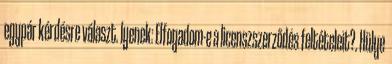
egypár kérdésre választ. lyenek: Elfogadom-e a licenszszerződés feltételeit?. Hülye